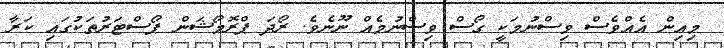
މިއިން އެއްވެސް ވިސްނުމަކީ ގޯސް ވިސްނުމެއް ނޫނެވެ. ރޯދަ ޕްރޮމޯޝަން ޕޯސްޓަރުތަކުގައި ކަރާ